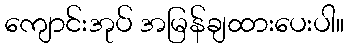
ကျောင်းအုပ် အမြန်ချထားပေးပါ။